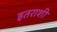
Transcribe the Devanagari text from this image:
इतराशी